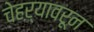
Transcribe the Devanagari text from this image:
चेहऱ्यावरून